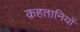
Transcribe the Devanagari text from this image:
क़हतानियों